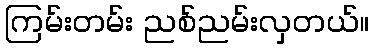
ကြမ်းတမ်း ညစ်ညမ်းလှတယ်။